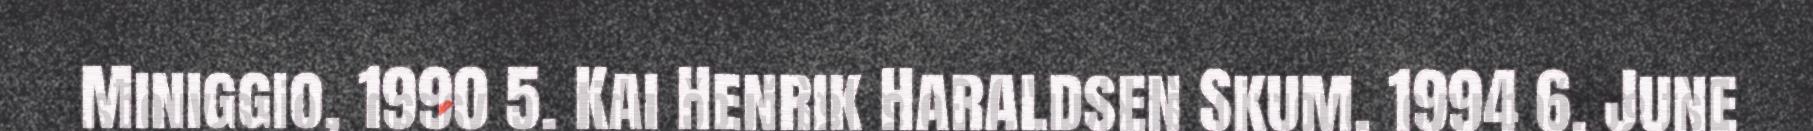
Miniggio, 1990 5. Kai Henrik Haraldsen Skum, 1994 6. June